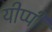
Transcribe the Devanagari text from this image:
यीप्पी